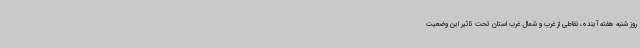
روز شنبه هفته آینده، نقاطی از غرب و شمال غرب استان تحت تاثیر این وضعیت